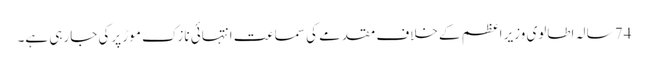
74 سالہ اطالوی وزیر اعظم کے خلاف مقدمے کی سماعت انتہائی نازک موڑ پرکی جارہی ہے۔